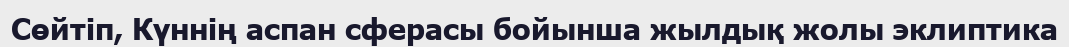
Сөйтіп, Күннің аспан сферасы бойынша жылдық жолы эклиптика